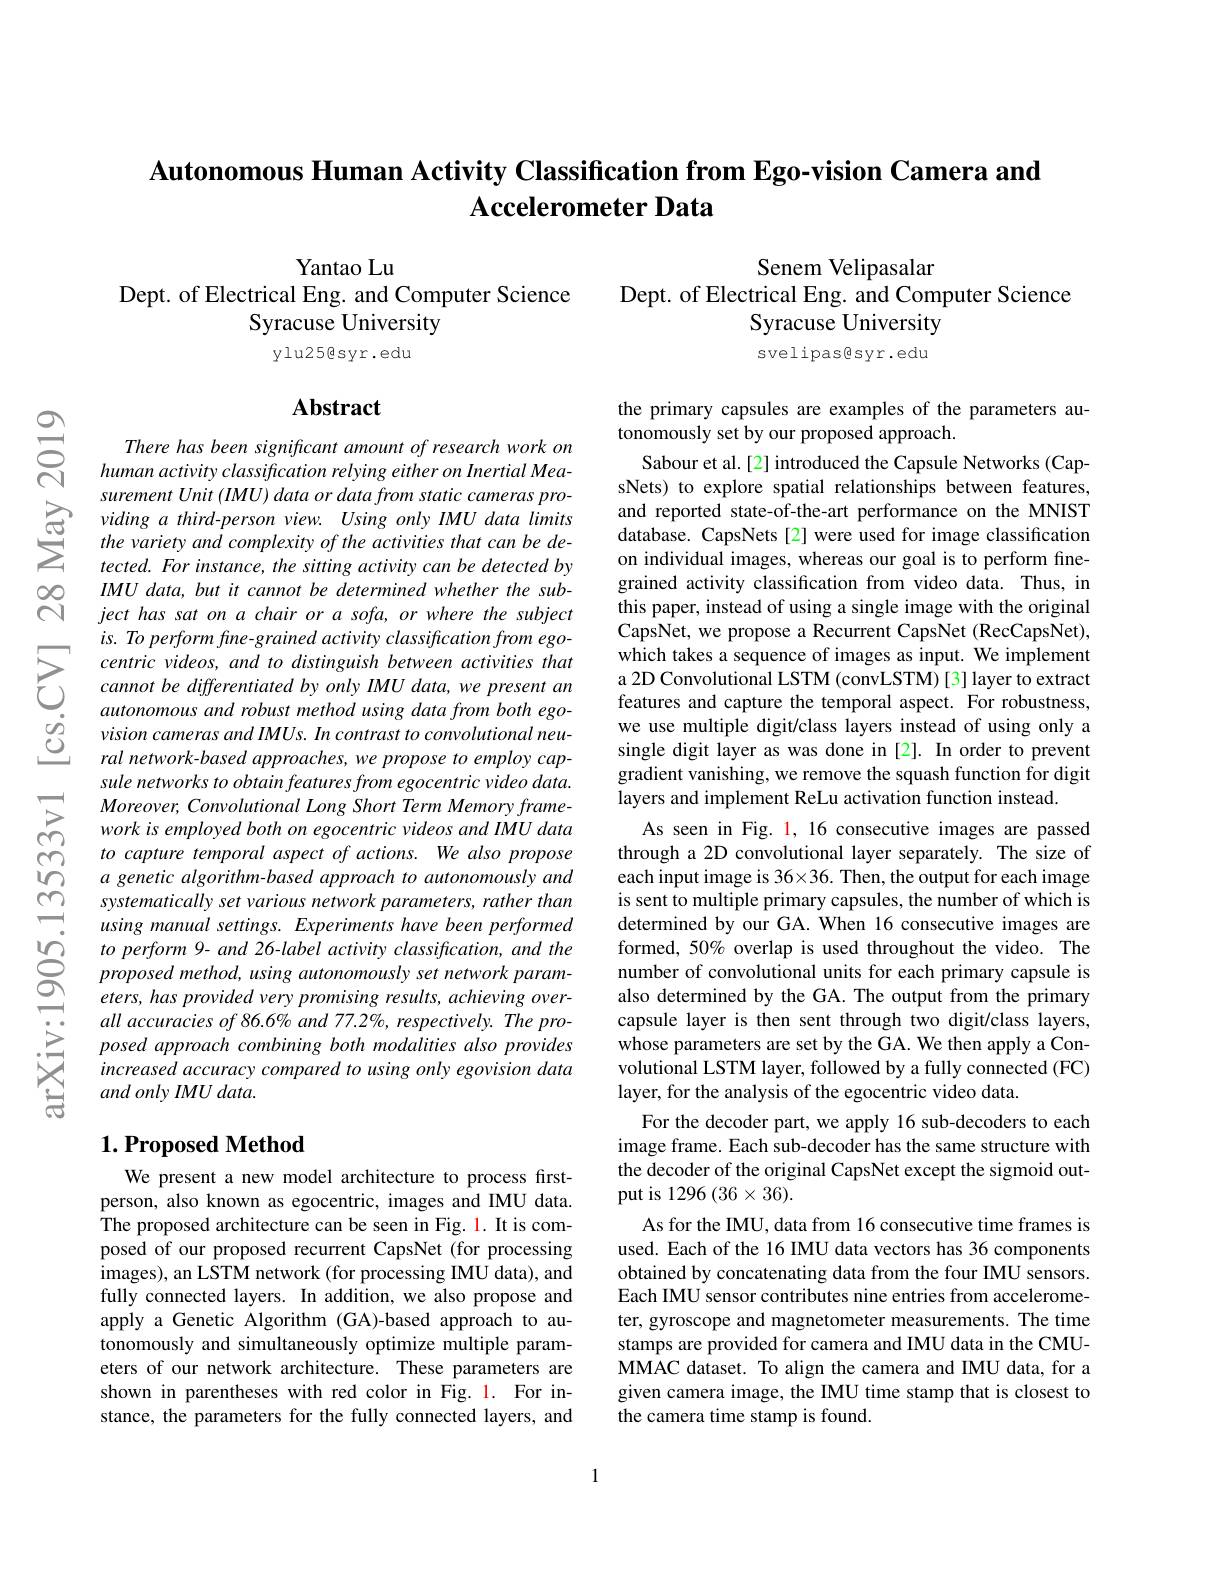
$ଶ୍ନି$

## Autonomous Human Activity Classification from Ego-vision Camera and $\textbf{Accelerometer Data}$

Yantao Lu
Senem Velipasalar
Dept. of Electrical Eng. and Computer Science
Dept. of Electrical Eng. and Computer Science
Syracuse University
Syracuse University
ylu25@syr.edu
svelipas@syr.edu

### $\mathbf{Abstract}$

There has been significant amount of research work on human activity classification relying either on Inertial Measurement Unit (IMU) data or data from static cameras pro-
$\sum_{tected. For instance, third-person view. Using only IMU data limits and reported state-of-the-art performance on the MNIST$\sum_{tected.~For instance, the sitting activitiy cant can be de- database. CapsNets [2] were used for image classification}\\}$$
IMU data, but it cannot be determined whether the subject has sat on a chair or a sofa, or where the subject is. To perform fine-grained activity classification from egocentric videos, and to distinguish between activities that cannot be differentiated by only IMU data, we present an autonomous and robust method using data from both egovision cameras and IMUs. In contrast to convolutional neural network-based approaches, we propose to employ capsule networks to obtain features from egocentric video data. Moreover, Convolutional Long Short Term Memory framework is employed both on egocentric videos and IMU data to capture temporal aspect of actions. We also propose a genetic algorithm-based approach to autonomously and systematically set various network parameters, rather than using manual settings. Experiments have been performed to perform 9- and 26-label activity classification, and the proposed method, using autonomously set network parameters, has provided very promising results, achieving overall accuracies of 86.6% and 77.2%, respectively. The proposed approach combining both modalities also provides increased accuracy compared to using only egovision data and only IMU data.

the primary capsules are examples of the parameters au-
tonomously set by our proposed approach.
Sabour et al.[2] introduced the Capsule Networks (CapsNets) to explore spatial relationships between features, grained activity classification from video data. Thus, in this paper, instead of using a single image with the original CapsNet, we propose a Recurrent CapsNet (RecCapsNet), which takes a sequence of images as input. We implement a 2D Convolutional LSTM (convLSTM) [3] layer to extract features and capture the temporal aspect. For robustness, we use multiple digit/class layers instead of using only a single digit layer as was done in [2]. In order to prevent gradient vanishing, we remove the squash function for digit layers and implement ReLu activation function instead.
As seen in Fig. 1, 16 consecutive images are passed through a 2D convolutional layer separately. The size of each input image is 36×36. Then, the output for each image is sent to multiple primary capsules, the number of which is determined by our GA. When 16 consecutive images are formed,50% overlap is used throughout the video. The number of convolutional units for each primary capsule is also determined by the GA. The output from the primary capsule layer is then sent through two digit/class layers, whose parameters are set by the GA. We then apply a Convolutional LSTM layer, followed by a fully connected (FC) layer, for the analysis of the egocentric video data.
For the decoder part, we apply 16 sub-decoders to each image frame. Each sub-decoder has the same structure with the decoder of the original CapsNet except the sigmoid output is 1296 $(36\times36).$
As for the IMU, data from 16 consecutive time frames is used. Each of the 16 IMU data vectors has 36 components obtained by concatenating data from the four IMU sensors. Each IMU sensor contributes nine entries from accelerometer, gyroscope and magnetometer measurements. The time stamps are provided for camera and IMU data in the CMUMMAC dataset. To align the camera and IMU data, for a given camera image, the IMU time stamp that is closest to the camera time stamp is found.

# $1. \textbf{Proposed Method}$

We present a new model architecture to process firstperson, also known as egocentric, images and IMU data. The proposed architecture can be seen in Fig. 1. It is composed of our proposed recurrent CapsNet (for processing images), an LSTM network (for processing IMU data), and fully connected layers. In addition, we also propose and apply a Genetic Algorithm (GA)-based approach to autonomously and simultaneously optimize multiple parameters of our network architecture. These parameters are shown in parentheses with red color in Fig. 1. For instance, the parameters for the fully connected layers, and